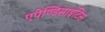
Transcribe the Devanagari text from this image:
एपेण्डिसाइटिस